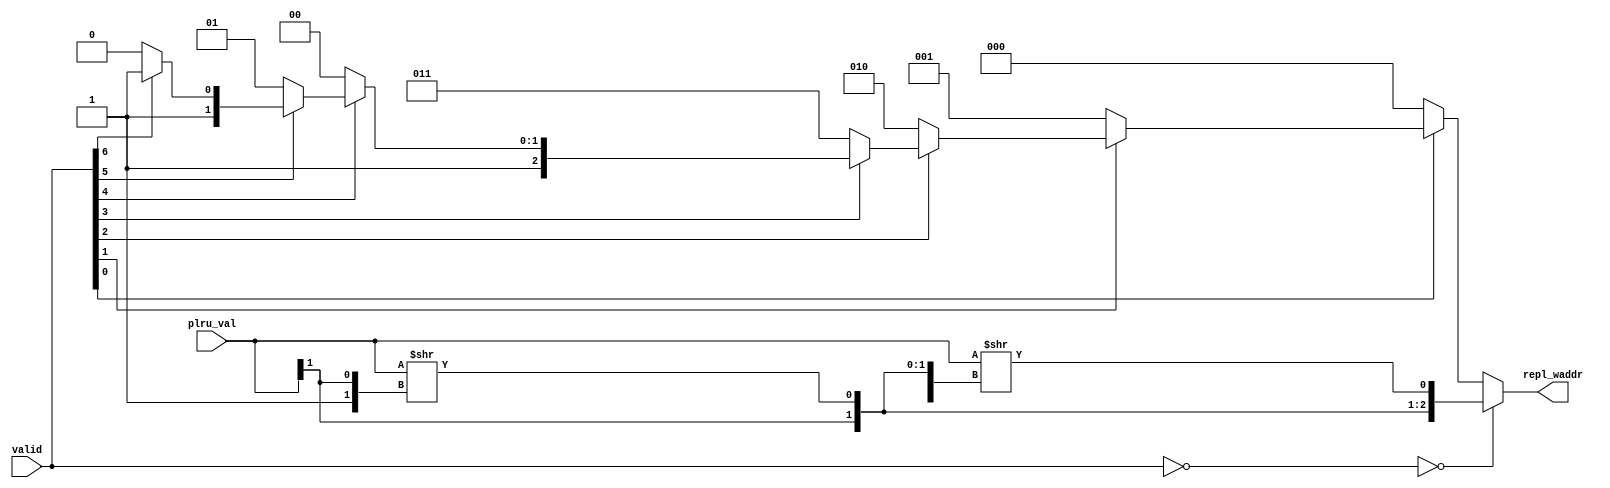
module tlb_replace(
input [7:0] valid,
input [7:0] plru_val,//8????

output [2:0] repl_waddr
);

wire T_426;
            
wire [2:0] T_444;
wire [2:0] T_445;
wire [2:0] T_446;
wire [2:0] T_447;
wire [2:0] T_448;
wire [2:0] T_449;
wire [2:0] T_450;

wire [7:0] T_452;
wire  T_453;
wire [1:0] T_454;
wire [7:0] T_455;
wire  T_456;
wire [2:0] T_457;
wire [7:0] T_458;
wire  T_459;
wire [3:0] T_460;
wire [2:0] T_461;


assign T_426 = ((~valid) == 8'h0) == 1'h0;//valid is not all 1

assign T_444 = (~valid[6]) ? 3'h6 : 3'h7;
assign T_445 = (~valid[5]) ? 3'h5 : T_444;
assign T_446 = (~valid[4]) ? 3'h4 : T_445;
assign T_447 = (~valid[3]) ? 3'h3 : T_446;
assign T_448 = (~valid[2]) ? 3'h2 : T_447;
assign T_449 = (~valid[1]) ? 3'h1 : T_448;
assign T_450 = (~valid[0]) ? 3'h0 : T_449;

//plru.replce
assign T_452 = plru_val >> 1'h1;
assign T_453 = T_452[0];
assign T_454 = {1'h1,T_453};
assign T_455 = plru_val >> T_454;
assign T_456 = T_455[0];
assign T_457 = {T_454,T_456};
assign T_458 = plru_val >> T_457;
assign T_459 = T_458[0];
assign T_460 = {T_457,T_459};
assign T_461 = T_460[2:0];

assign repl_waddr = T_426 ? T_450 : T_461;

endmodule